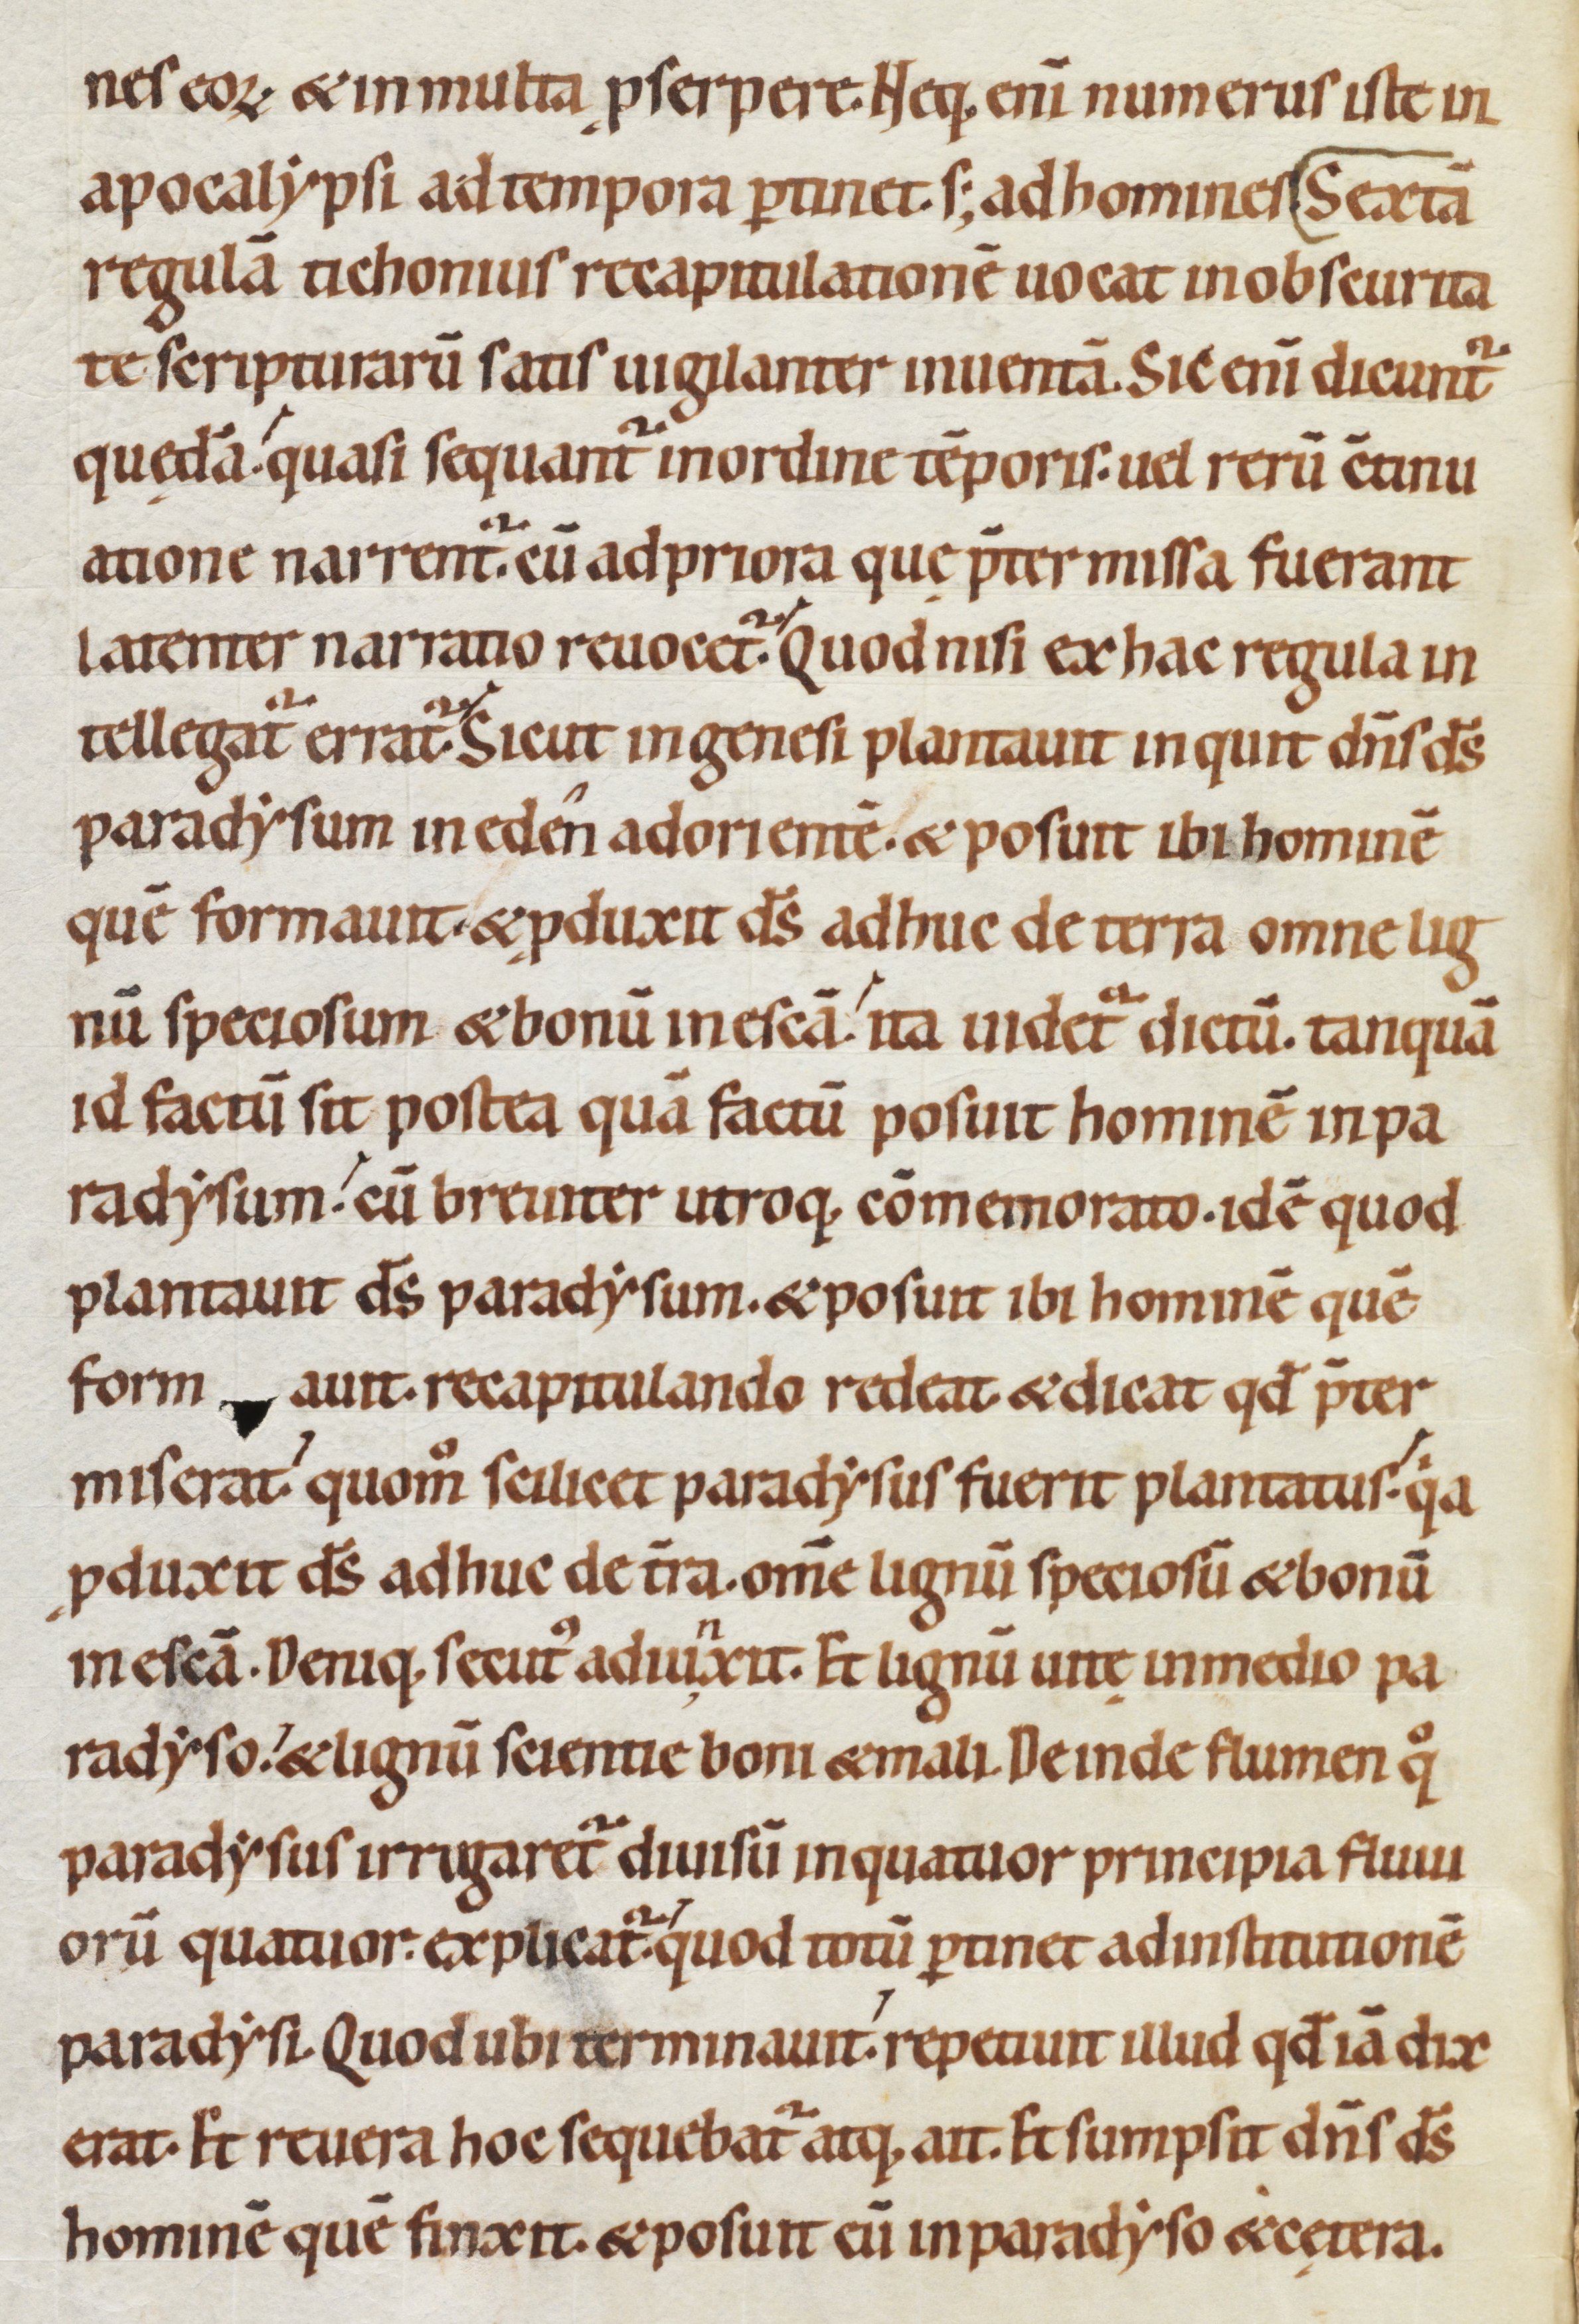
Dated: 1080–1096